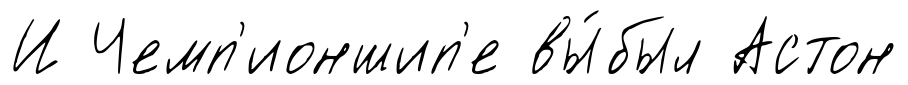
И Чемп'ионшип'е вы́был Астон